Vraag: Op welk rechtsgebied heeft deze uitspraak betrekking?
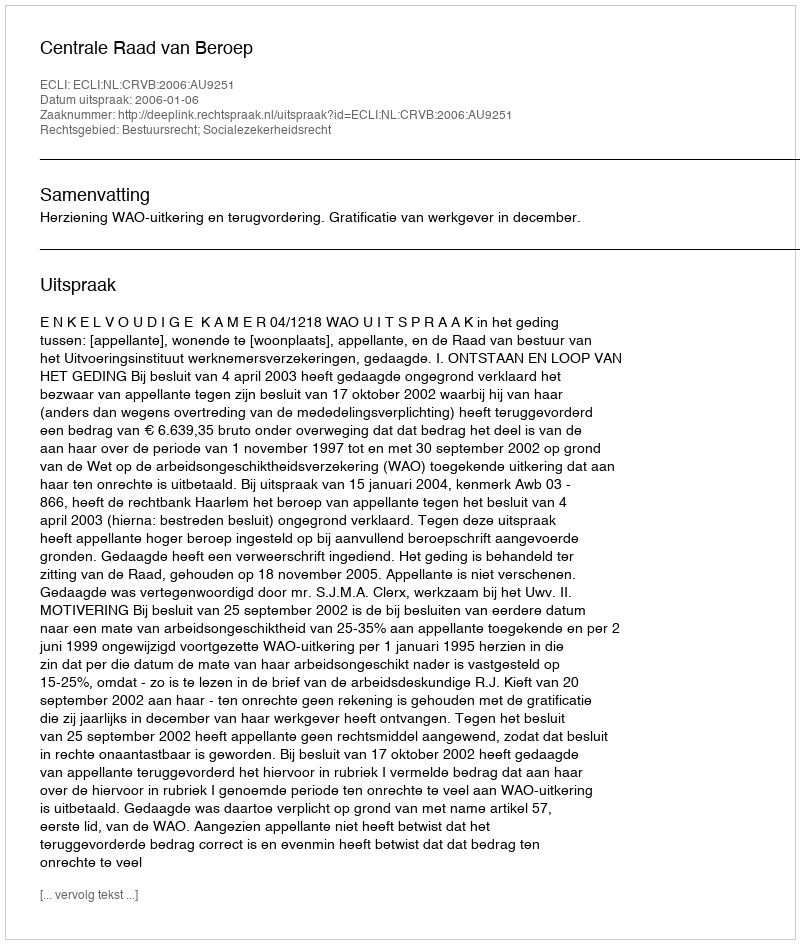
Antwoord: Bestuursrecht; Socialezekerheidsrecht